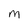
Character: M